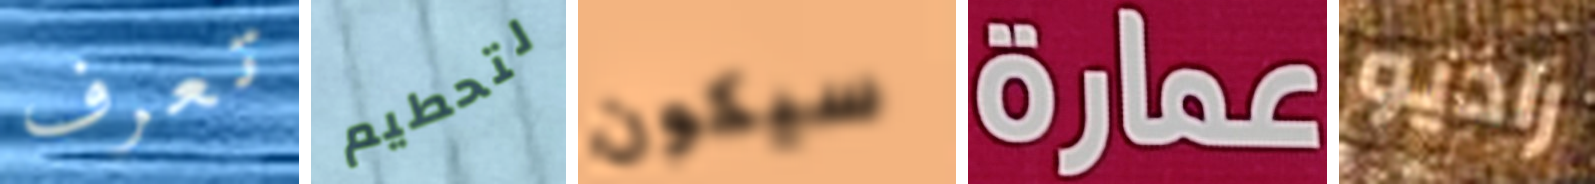
تعرف لتحطيم سيكون عمارة راديو